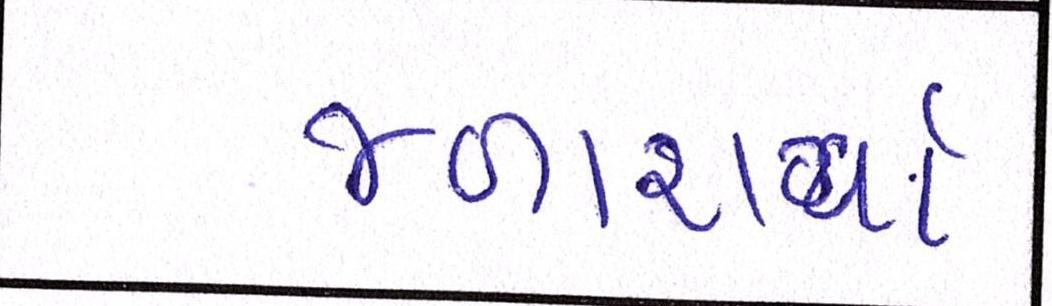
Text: જળાશયો